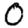
Digit: 0